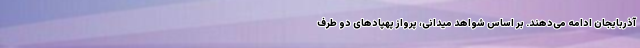
آذربایجان ادامه می‌دهند. بر اساس شواهد میدانی، پرواز پهپادهای دو طرف